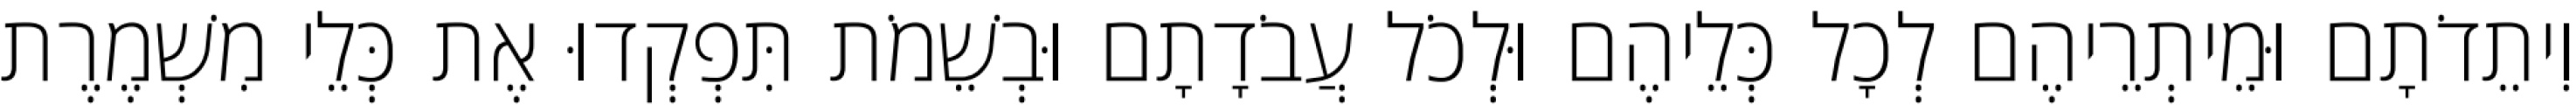
וִיתֵדֹתָם וּמֵיתְרֵיהֶם לְכָל כְּלֵיהֶם וּלְכֹל עֲבֹדָתָם וּבְשֵׁמֹת תִּפְקְדוּ אֶת כְּלֵי מִשְׁמֶרֶת